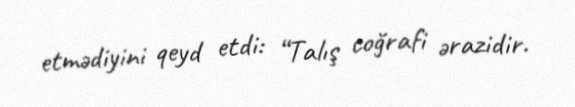
etmədiyini qeyd etdi: “Talış coğrafi ərazidir.